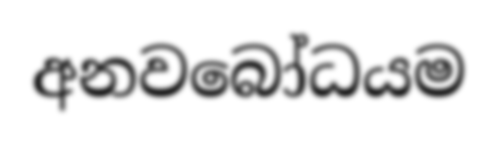
අනවබෝධයම